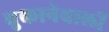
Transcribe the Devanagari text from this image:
चुकानेवालों